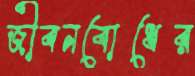
জীবনবোধের